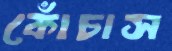
কোঁচাস